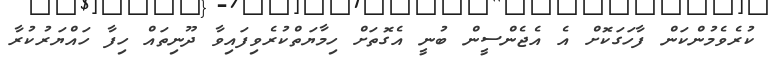
ކުރެވެމުންކަން ފާހަގަކޮށް އެ އެޖެންސީން ބުނީ އެގޮތަށް ހިމާޔަތްކުރެވިފައިވާ ދޫނިތައް ހިފާ ހައްޔަރުކުރާ